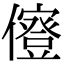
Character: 𠐏